Vaccination in Bombay 1874-1876 - 1874-1876
Year: 1874
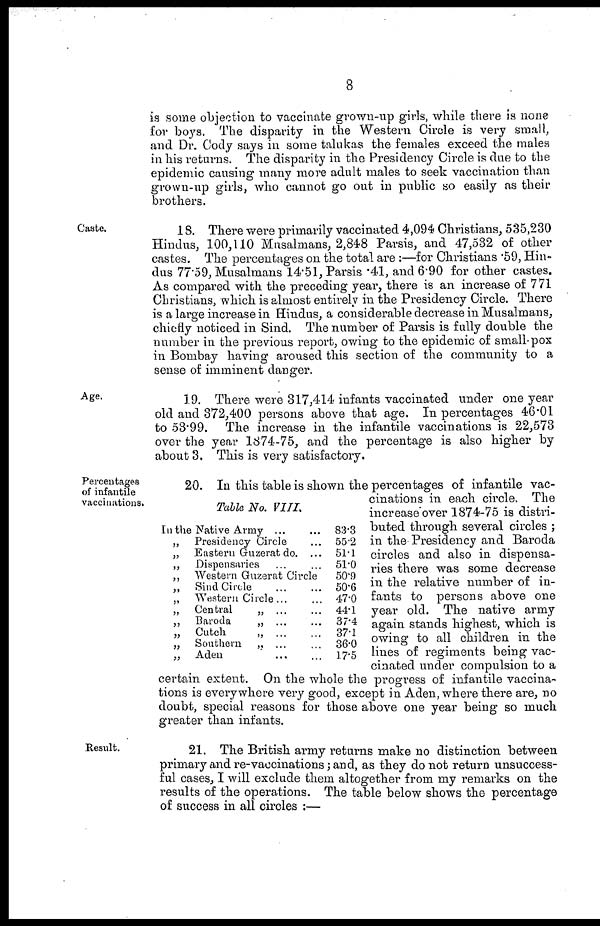
8
is some objection to vaccinate grown-up girls, while there is none
for boys. The disparity in the Western Circle is very small,
and Dr. Cody says in some talukas the females exceed the males
in his returns. The disparity in the Presidency Circle is due to the
epidemic causing many more adult males to seek vaccination than
grown-up girls, who cannot go out in public so easily as their
brothers.
Caste.
18. There were primarily vaccinated 4,094 Christians, 535,230
Hindus, 100,110 Musalmans, 2,848 Parsis, and 47,532 of other
castes. The percentages on the total are :—for Christians .59, Hin-
dus 77.59, Musalmans 14.51, Parsis .41, and 6.90 for other castes.
As compared with the preceding year, there is an increase of 771
Christians, which is almost entirely in the Presidency Circle. There
is a large increase in Hindus, a considerable decrease in Musalmans,
chiefly noticed in Sind. The number of Parsis is fully double the
number in the previous report, owing to the epidemic of small-pox
in Bombay having aroused this section of the community to a
sense of imminent danger.
Age.
19. There were 317,414 infants vaccinated under one year
old and 372,400 persons above that age. In percentages 46.01
to 53.99. The increase in the infantile vaccinations is 22,573
over the year 1874-75, and the percentage is also higher by
about 3. This is very satisfactory.
Percentages
of infantile
vaccinations.
Table No. VIII.
In the Native Army
...
...
„ Presidency Circle ...
„ Eastern Guzerat do. ...
„ Dispensaries ... ...
„ Western Guzerat Circle
„ Sind Circle ... ...
„ Western Circle ... ...
„ Central
„ ... ...
„ Baroda
„ ... ...
„ Cutch
„
... ...
„ Southern „ ... ...
„ Aden ... ...
83.3
55.2
51.1
51.0
50.9
50.6
47.0
44.1
37.4
37.1
36.0
17.5
20. In this table is shown the percentages of infantile vac-
cinations in each circle. The
increase over 1874-75 is distri-
buted through several circles ;
in the Presidency and Baroda
circles and also in dispensa-
ries there was some decrease
in the relative number of in-
fants to persons above one
year old. The native army
again stands highest, which is
owing to all children in the
lines of regiments being vac-
cinated under compulsion to a
certain extent. On the whole the progress of infantile vaccina-
tions is everywhere very good, except in Aden, where there are, no
doubt, special reasons for those above one year being so much
greater than infants.
Result.
21. The British army returns make no distinction between
primary and re-vaccinations; and, as they do not return unsuccess-
ful cases, I will exclude them altogether from my remarks on the
results of the operations. The table below shows the percentage
of success in all circles :—